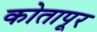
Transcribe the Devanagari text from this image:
कोतापूर